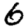
Digit: 6